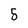
Character: 5